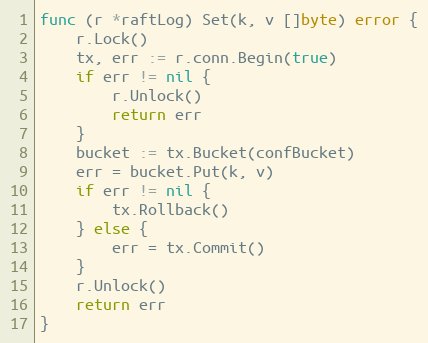
Language: Go
func (r *raftLog) Set(k, v []byte) error {
	r.Lock()
	tx, err := r.conn.Begin(true)
	if err != nil {
		r.Unlock()
		return err
	}
	bucket := tx.Bucket(confBucket)
	err = bucket.Put(k, v)
	if err != nil {
		tx.Rollback()
	} else {
		err = tx.Commit()
	}
	r.Unlock()
	return err
}